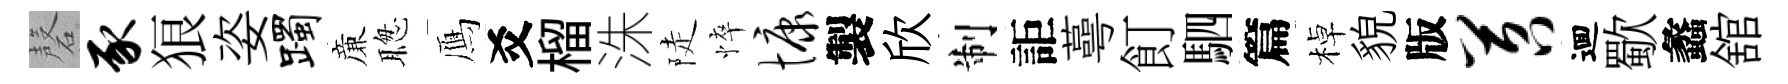
磬豕狼姿躅亷聦鴈爻榴洙陡悴慷製欣制詎蕚飣駟篇棹貌版苕逥歜蠡舘